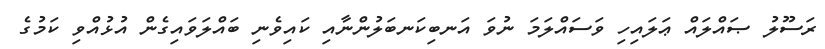
ރަސޫލު ޞައްލައް ޢަލައިހި ވަސައްލަމަ ނުވަ އަނބިކަނބަލުންނާއި ކައިވެނި ބައްލަވައިގެން އުޅުއްވި ކަމުގެ